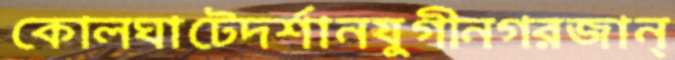
কোলঘাটেদর্শানযুগীনগরজান্‌